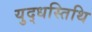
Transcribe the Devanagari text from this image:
युद्धस्तिथि